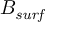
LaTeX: B _ { \it { s u r f } }